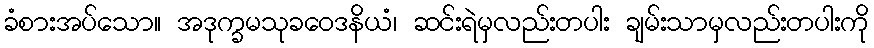
ခံစားအပ်သော။ အဒုက္ခမသုခဝေဒနိယံ၊ ဆင်းရဲမှလည်းတပါး ချမ်းသာမှလည်းတပါးကို